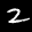
Label: 2